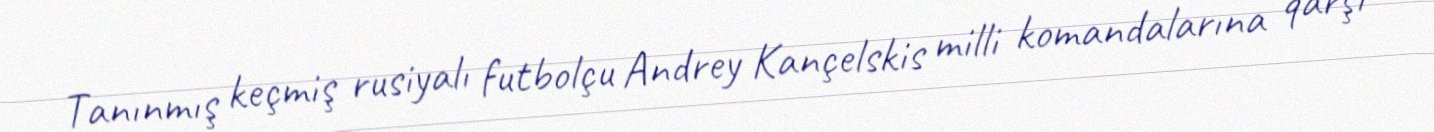
Tanınmış keçmiş rusiyalı futbolçu Andrey Kançelskis milli komandalarına qarşı